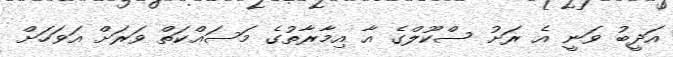
އަދީބު ވަނީ އެ ރަށު ސްކޫލްގެ އާ އިމާރާތުގެ މަސައްކަތް ވަރަށް އަވަހަށް